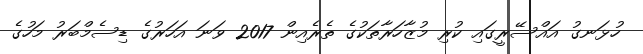
ހުޅަނގު އައްސޭރީގައި ކުރި މުޒާހަރާތަކުގެ ތެރެއިން 2017 ވަނަ އަހަރުގެ ޑިސެމްބަރު މަހުގެ